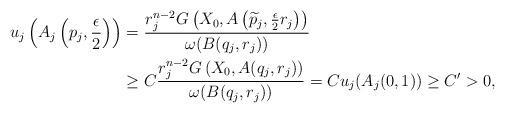
LaTeX: \begin{align*}u_j\left(A_j\left(p_j,\frac{\epsilon}{2}\right)\right) &= \dfrac{ r_j^{n-2}G\left( X_0,A\left(\widetilde p_j,\frac{\epsilon }{2}r_j \right)\right)}{\omega(B(q_j,r_j))} \\& \geq C \dfrac{ r_j^{n-2}G\left( X_0,A(q_j,r_j) \right)}{\omega(B(q_j,r_j))} = Cu_j(A_j(0,1)) \geq C' >0, \end{align*}